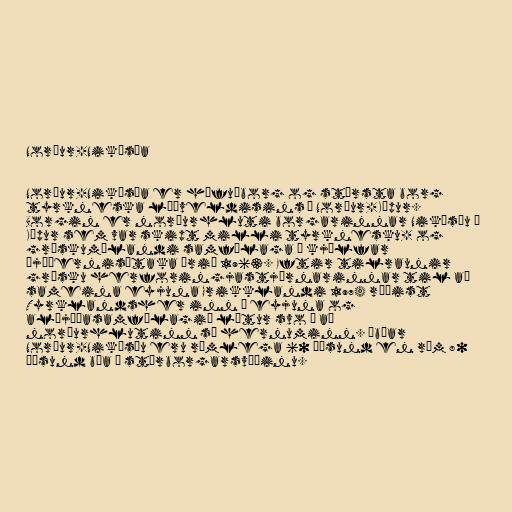
Norður-Nikósía

Norður-Nikósía er höfuðborg og stærsta borg
tyrkneska lýðveldisins á Norður-Kýpur.
Borgin er norðurhluti borgarinnar Nikósíu á
Kýpur sem var skipt milli tyrknesku- og
grískumælandi samfélaga í kjölfar
þjóðernisátaka árið 1963. Eftir tilraunir
grísku herforingjastjórnarinnar til að
sameina eyjuna Grikklandi 1974 réðist
Tyrklandsher inn í eyjuna og
alþjóðasamfélagið lítur svo á að
norðurhlutinn sé hernuminn. Íbúar
Norður-Nikósíu eru rúmlega 60 þúsund en rúm 80
þúsund búa á stórborgarsvæðinu.